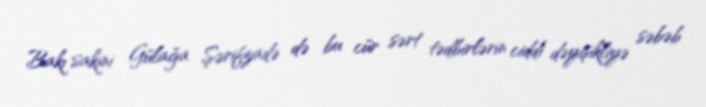
Bakı sakini Gülağa Şərifzadə də bu cür sərt tədbirlərin ciddi dəyişikliyə səbəb